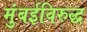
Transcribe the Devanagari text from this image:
मुंबईविरुद्ध